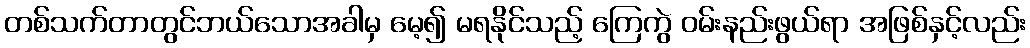
တစ်သက်တာတွင်ဘယ်သောအခါမှ မေ့၍ မရနိုင်သည့် ကြေကွဲ ဝမ်းနည်းဖွယ်ရာ အဖြစ်နှင့်လည်း